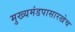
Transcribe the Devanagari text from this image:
मुख्यमंडपासारखेच